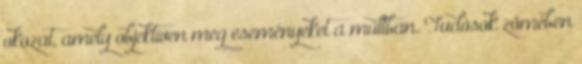
okozat, amely objektíven meg eseményeket a múltban. Tudósok zömében